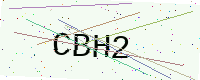
Text: CBH2